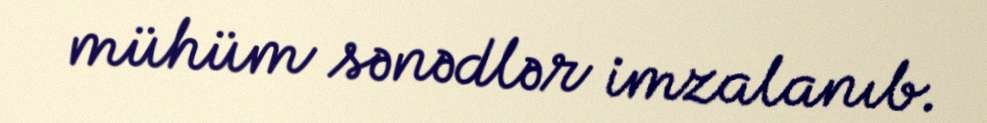
mühüm sənədlər imzalanıb.